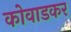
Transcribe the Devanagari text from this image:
कोवाडकर